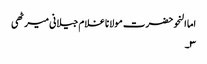
اما النحو حضرت مولانا غلام جیلانی میرٹھی
۳۔